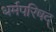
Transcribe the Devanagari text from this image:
धर्मपरिषद्